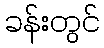
ခန်းတွင်